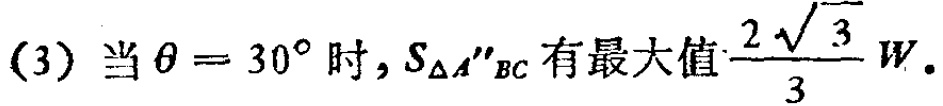
(3) 当 $\theta = 30^{\circ}$ 时, $S_{\triangle A^{\prime\prime}BC}$ 有最大值$\frac{2\sqrt{3}}{3}W$.